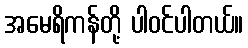
အမေရိကန်တို့ ပါဝင်ပါတယ်။